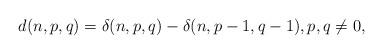
LaTeX: \begin{align*}d(n,p,q)=\delta (n,p,q)-\delta (n,p-1,q-1),p,q\neq 0,\end{align*}